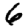
Digit: 6